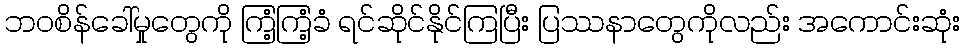
ဘဝစိန်ခေါ်မှုတွေကို ကြံ့ကြံ့ခံ ရင်ဆိုင်နိုင်ကြပြီး ပြဿနာတွေကိုလည်း အကောင်းဆုံး